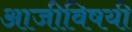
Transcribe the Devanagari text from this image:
आजीविषयी